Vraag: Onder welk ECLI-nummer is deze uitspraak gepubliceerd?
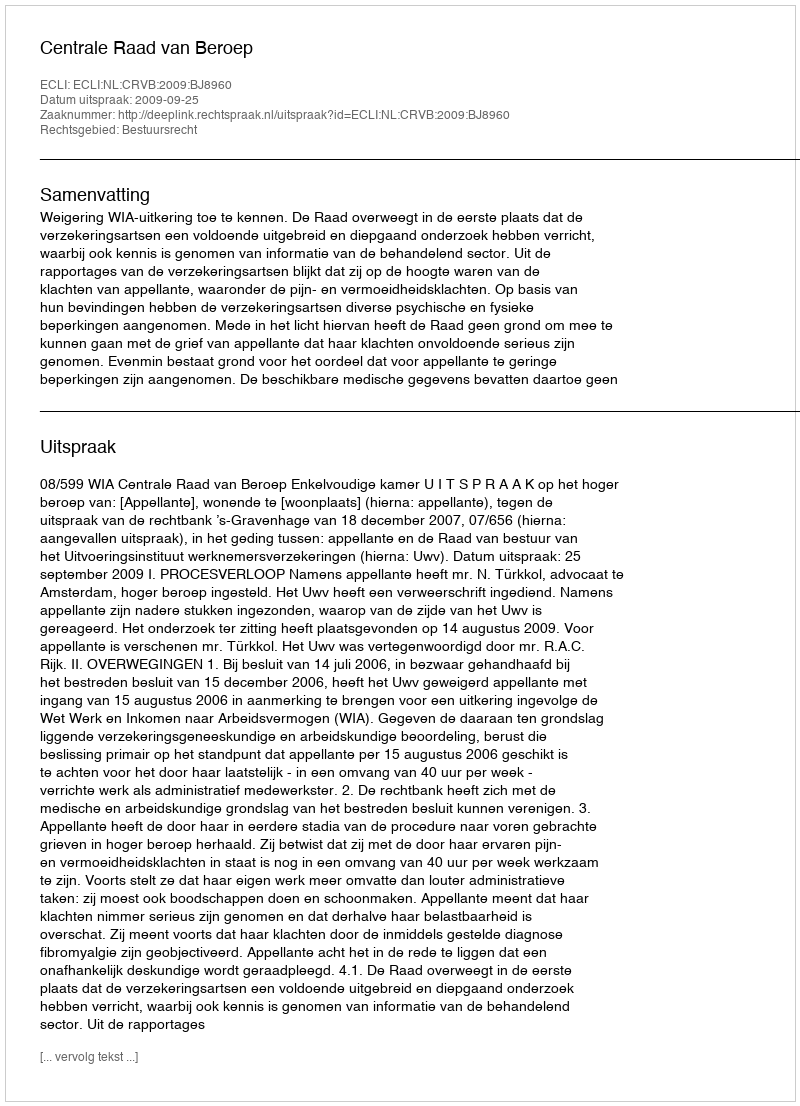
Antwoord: ECLI:NL:CRVB:2009:BJ8960